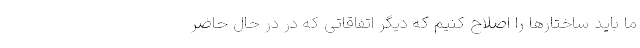
ما باید ساختارها را اصلاح کنیم که دیگر اتفاقاتی که در در حال حاضر